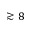
\gtrsim 8